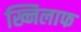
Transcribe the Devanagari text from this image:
ख्निलाफ